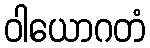
ဝါယောဂတံ